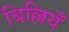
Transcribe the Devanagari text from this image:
बिल्लियँ